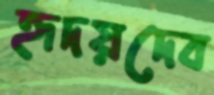
হৃদয়দেব